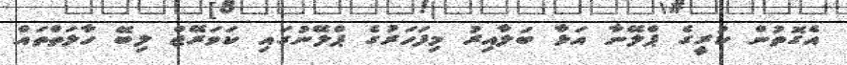
އެގޮތުން ކުރީގެ ޕްލޭނާ އަޅާ ބަލާއިރު މިފަހަރުގެ ޕްލޭނުގައި ކަވަރޭޖް ލިބޭ ހާލަތްތައް